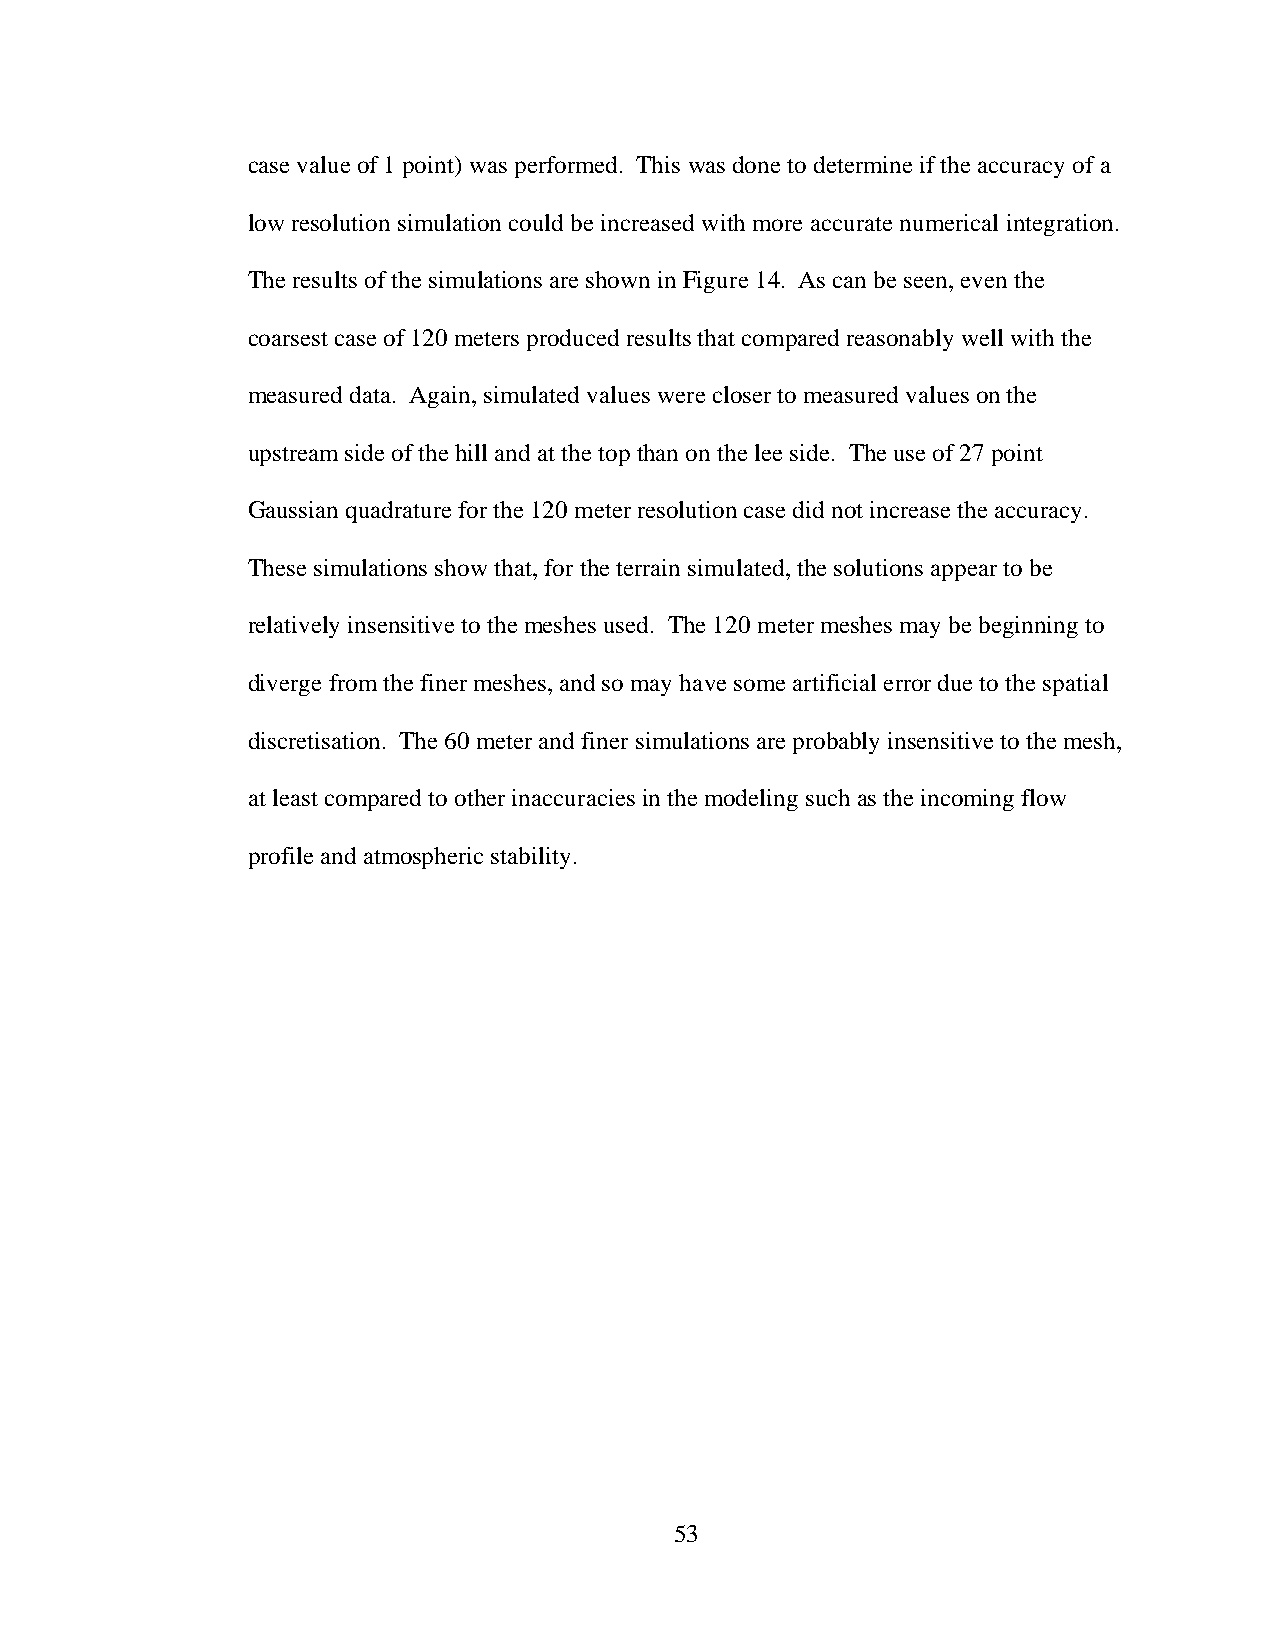
case value of 1 point) was performed. This was done to determine if the accuracy of a
 low resolution simulation could be increased with more accurate numerical integration.
 The results of the simulations are shown in Figure 14. As can be seen, even the
 coarsest case of 120 meters produced results that compared reasonably well with the
 measured data. Again, simulated values were closer to measured values on the
 upstream side of the hill and at the top than on the lee side. The use of 27 point
 Gaussian quadrature for the 120 meter resolution case did not increase the accuracy.
 These simulations show that, for the terrain simulated, the solutions appear to be
 relatively insensitive to the meshes used. The 120 meter meshes may be beginning to
 diverge from the finer meshes, and so may have some artificial error due to the spatial
 discretisation. The 60 meter and finer simulations are probably insensitive to the mesh,
 at least compared to other inaccuracies in the modeling such as the incoming flow
 profile and atmospheric stability.
 53